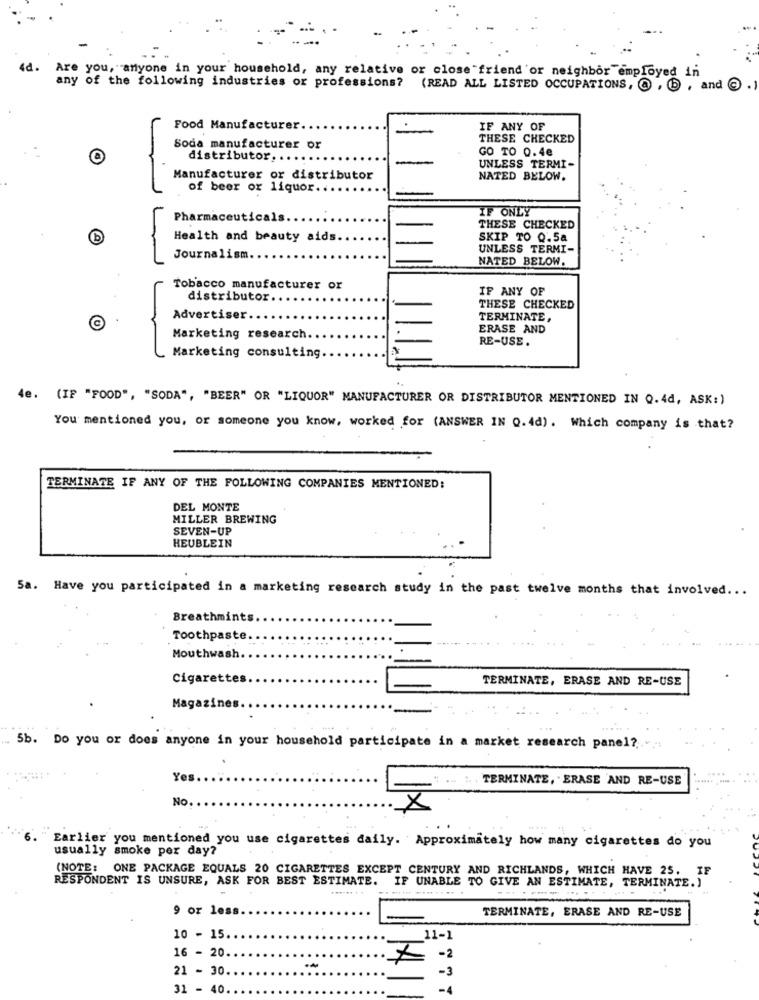
4d.
Are you, anyone in your household, any relative or close friend or neighbor employed in
any of the following industries or professions?
(READ ALL LISTED OCCUPATIONS, @ , B , and @ .)
Food Manufacturer
IF ANY OF
THESE CHECKED
Soda manufacturer or
GO TO 0.4e
distributor ..
UNLESS TERMI-
Manufacturer or distributor
NATED BELOW.
of beer or liquor ...
IF ONLY
Pharmaceuticals
THESE CHECKED
b
Health and beauty aids.
SKIP TO 0.5a
UNLESS TERMI-
Journalism.
NATED BELOW.
Tobacco manufacturer or
IF ANY OF
distributor.
THESE CHECKED
Advertiser.
TERMINATE,
ERASE AND
Marketing research.
RE-USE.
Marketing consulting.
4e. (IF "FOOD", "SODA", "BEER" OR "LIQUOR" MANUFACTURER OR DISTRIBUTOR MENTIONED IN Q.4d, ASK:)
You mentioned you, or someone you know, worked for (ANSWER IN Q.4d). Which company is that?
TERMINATE IF ANY OF THE FOLLOWING COMPANIES MENTIONED:
DEL MONTE
MILLER BREWING
SEVEN-UP
HEUBLEIN
5a. Have you participated in a marketing research study in the past twelve months that involved ...
Breathmints
Toothpaste.
Mouthwash
Cigarettes
TERMINATE, ERASE AND RE-USE
Magazines
... Sb. Do you or does anyone in your household participate in a market research panel ?.
Yes
... :
TERMINATE, ERASE AND RE-USE
No
Earlier you mentioned you use cigarettes daily. Approximately how many cigarettes do you
usually smoke per day?
(NOTE:
ONE PACKAGE EQUALS 20 CIGARETTES EXCEPT CENTURY AND RICHLANDS, WHICH HAVE 25. IF
RESPONDENT IS UNSURE, ASK FOR BEST ESTIMATE.
IF UNABLE TO GIVE AN ESTIMATE, TERMINATE.)
.... .
-------
9 or less
TERMINATE, ERASE AND RE-USE
10 - 15
11-1
16 - 20
21 - 30.
31 - 40 ..